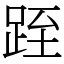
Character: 跮